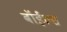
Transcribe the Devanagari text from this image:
बॉईल्स